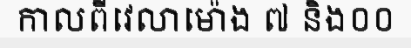
កាលពីវេលាម៉ោង ៧ និង០០